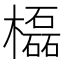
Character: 㰁